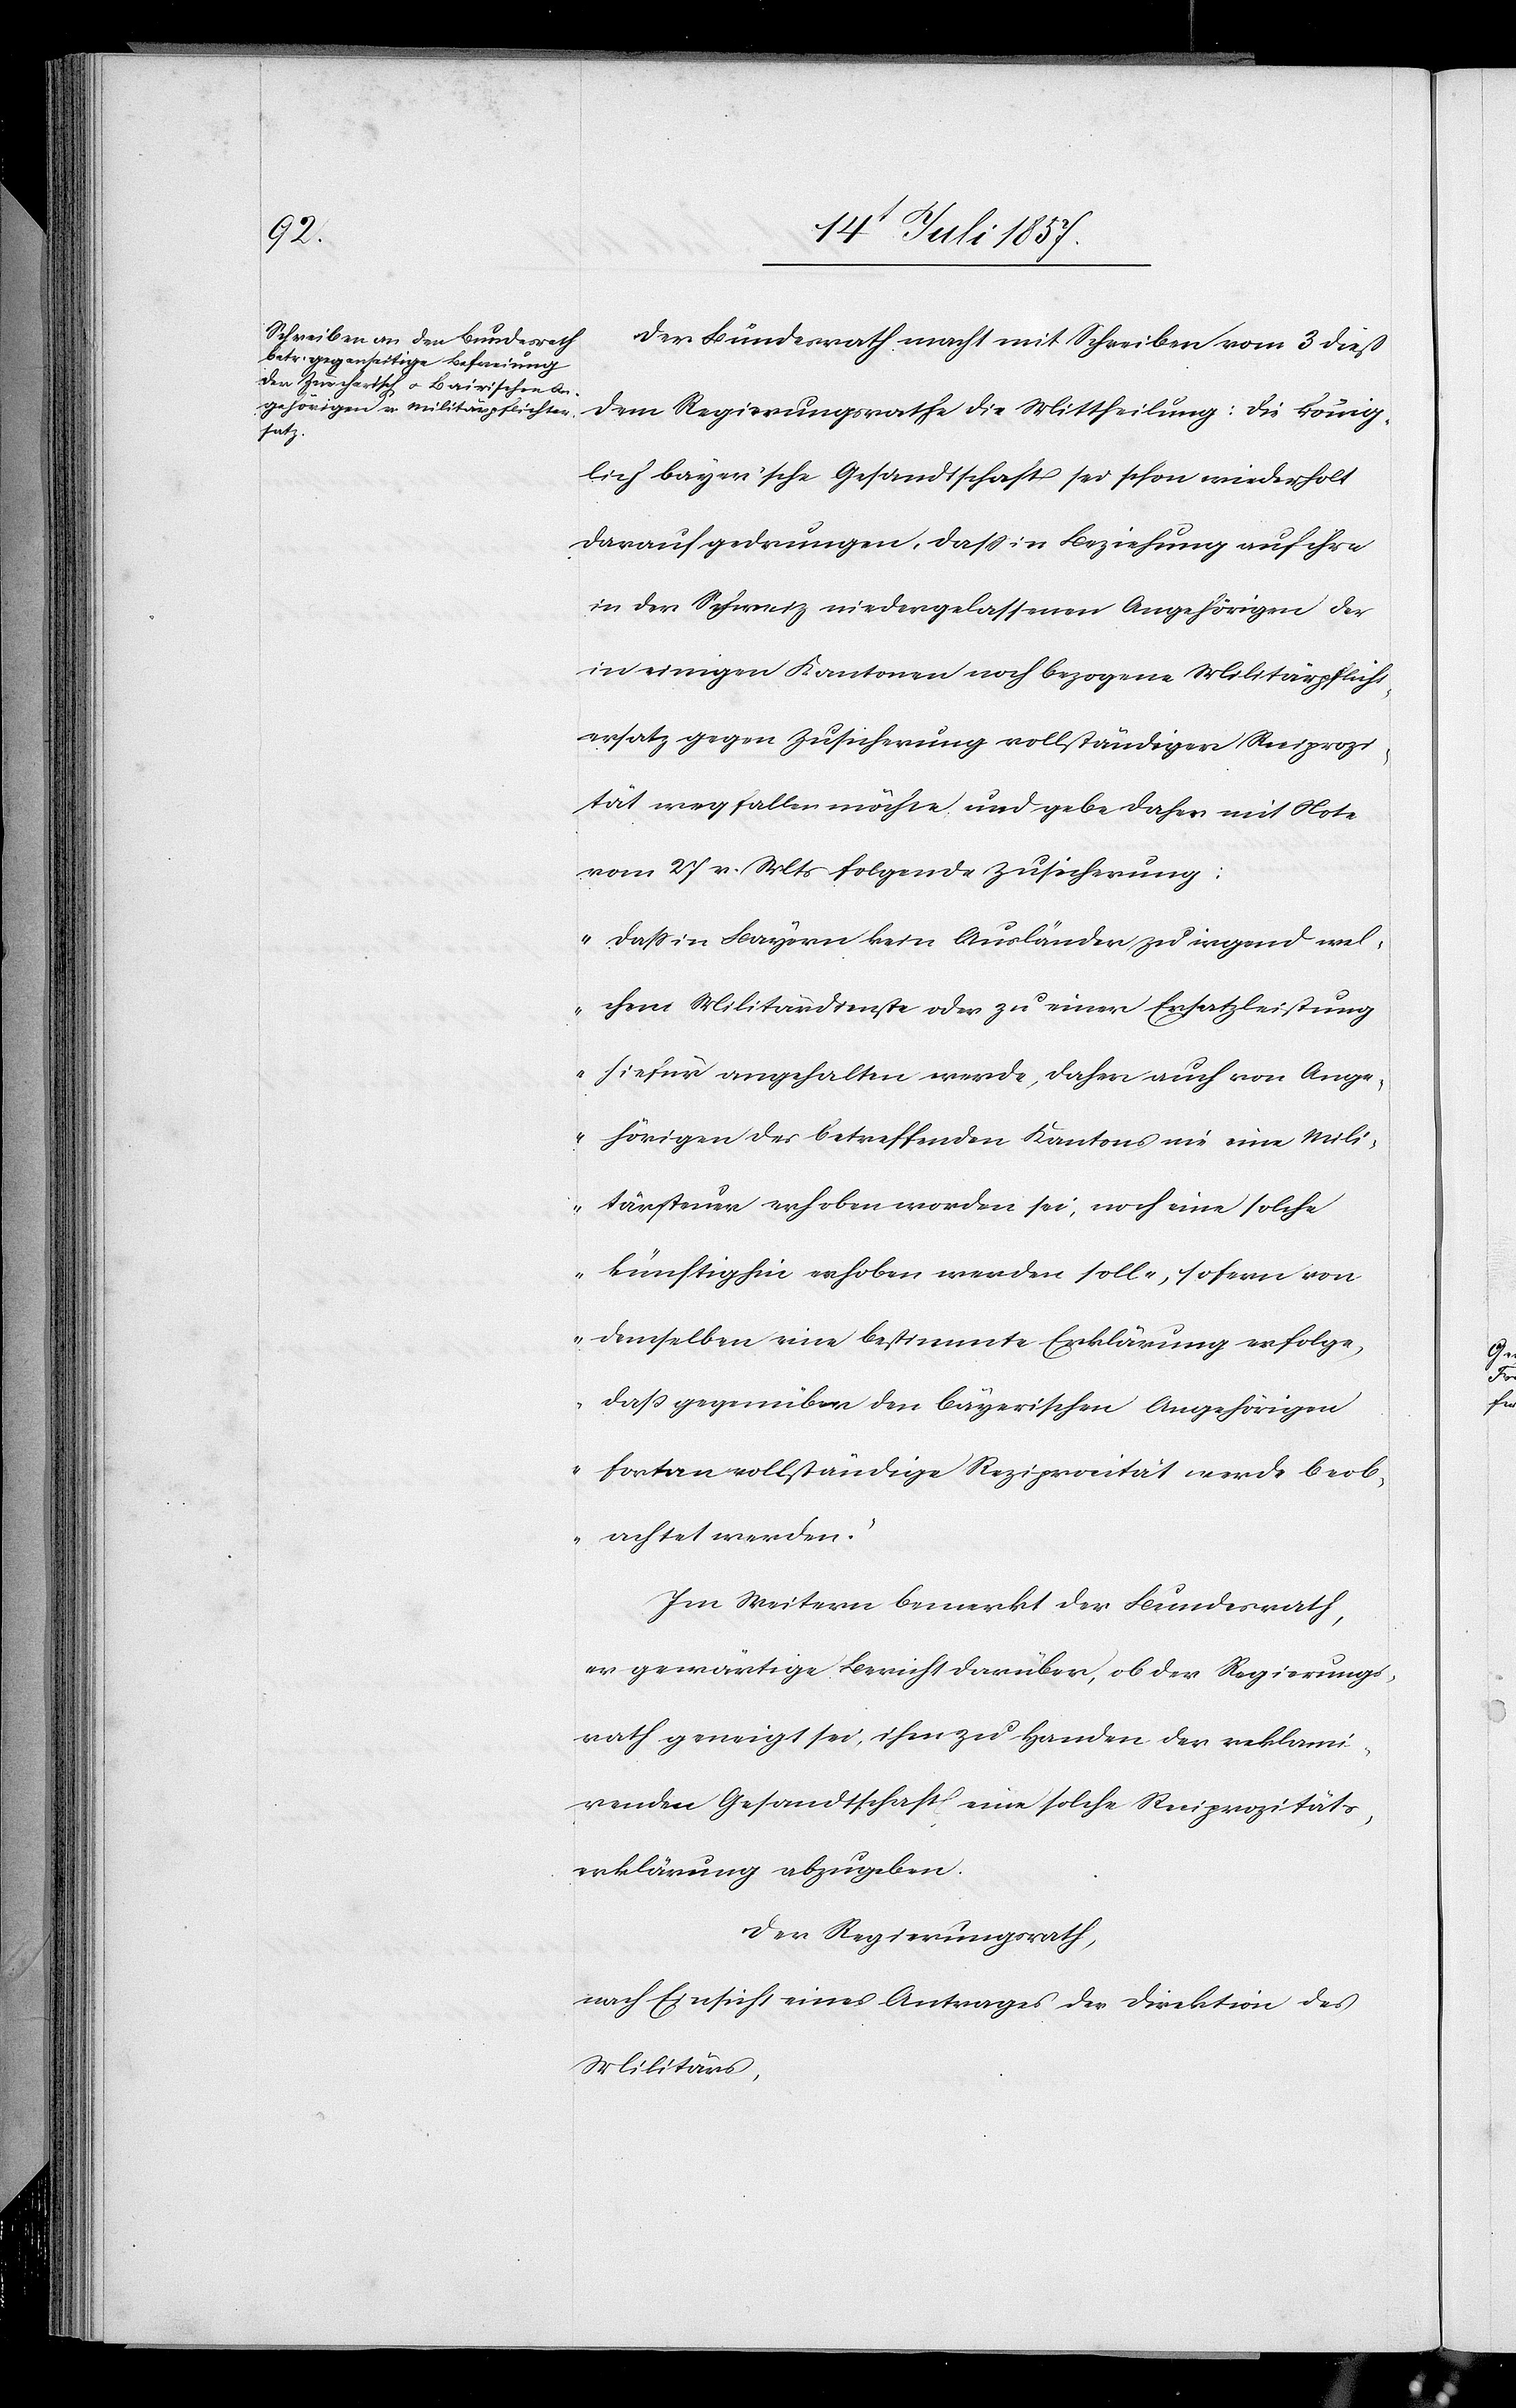
Der Bundesrath macht mit Schreiben vom 3 dieß
dem Regierungsrathe die Mittheilung: die könig¬
lich bayer’sche Gesandtschaft sei schon wiederholt
darauf gedrungen, daß in Beziehung auf ihre
in der Schweiz niedergelassenen Angehörigen der
in einigen Kantonen noch bezogene Militärpflicht¬
ersatz gegen Zusicherung vollständiger Reciprozi¬
tät wegfallen möchte und gebe daher mit Note
vom 27 v. Mts. folgende Zusicherung:
„Daß in Bayern kein Ausländer zu irgend wel¬
chem Militärdienste oder zu einer Ersatzleistung
hiefür angehalten werde, daher auch von Ange¬
hörigen des betreffenden Kantons nie eine Mili¬
tärsteuer erhoben worden sei, noch eine solche
künftighin erhoben werden solle, insofern von
demselben eine bestimmte Erklärung erfolge,
daß gegenüber den bayerischen Angehörigen
fortan vollständige Reziprocität werde beob¬
achtet werden.“
Im Weitern bemerkt der Bundesrath,
er gewärtige Bericht darüber, ob der Regierungs¬
rath geneigt sei, ihm zu Handen der reklami¬
renden Gesandtschaft eine solche Reziprozitäts¬
erklärung abzugeben.
Der Regierungsrath,
nach Einsicht eines Antrages der Direktion des
Militärs,